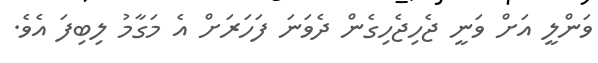
ވަންލީ އަށް ވަނީ ޖެހިޖެހިގެން ދެވަނަ ފަހަރަށް އެ މަގާމު ލިބިފަ އެވެ.